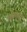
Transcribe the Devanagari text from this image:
स्त्रीयांनाही